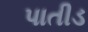
પાતીડ